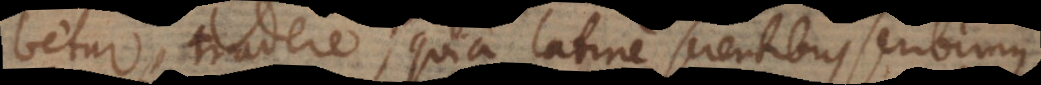
exhibetur, tradere; quia latine scientibus scribimus,